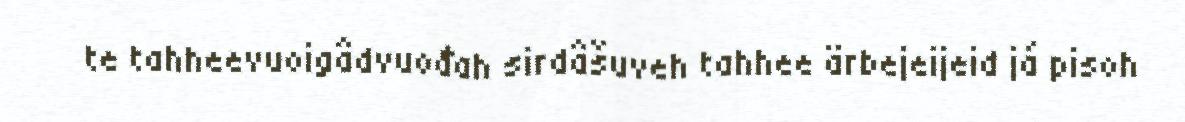
te tahheevuoigâdvuođah sirdâšuveh tahhee ärbejeijeid já pisoh